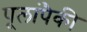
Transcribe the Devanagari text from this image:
पूलांपैकी